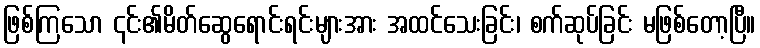
ဖြစ်ကြသော ၎င်း၏မိတ်ဆွေရောင်းရင်းများအား အထင်သေးခြင်း၊ စက်ဆုပ်ခြင်း မဖြစ်တော့ပြီ။